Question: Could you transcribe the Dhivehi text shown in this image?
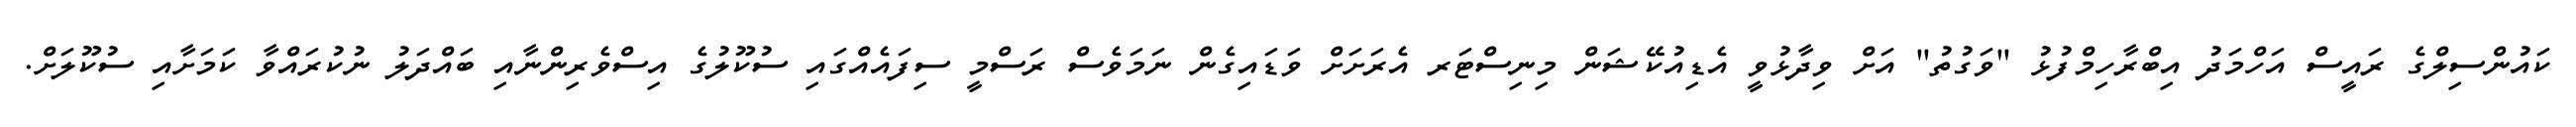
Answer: ކައުންސިލްގެ ރައީސް އަހްމަދު އިބްރާހިމްފުޅު "ވަގުތު" އަށް ވިދާޅުވީ އެޑިއުކޭޝަން މިނިސްޓަރ އެރަށަށް ވަޑައިގެން ނަމަވެސް ރަސްމީ ސިފައެއްގައި ސުކޫލުގެ އިސްވެރިންނާއި ބައްދަލު ނުކުރައްވާ ކަމަށާއި ސުކޫލަށް.